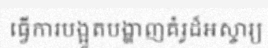
ធ្វើការបង្អួតបង្ហាញគំរូដ៏អស្ចារ្យ